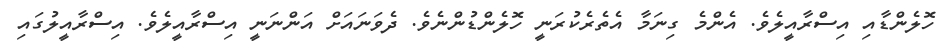
ހޮލެންޑާއި އިސްރާއީލެވެ. އެންމެ ގިނަމާ އެތެރެކުރަނީ ހޮލެންޑުންނެވެ. ދެވަނައަށް އަންނަނީ އިސްރާއީލެވެ. އިސްރާއީލުގައި